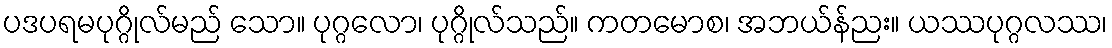
ပဒပရမပုဂ္ဂိုလ်မည် သော။ ပုဂ္ဂလော၊ ပုဂ္ဂိုလ်သည်။ ကတမောစ၊ အဘယ်န်ညး။ ယဿပုဂ္ဂလဿ၊